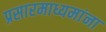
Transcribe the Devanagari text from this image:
प्रसारमाध्यमांना